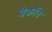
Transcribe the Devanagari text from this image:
बैकॉव